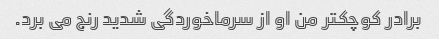
برادر کوچکتر من او از سرماخوردگی شدید رنج می برد.